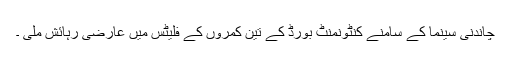
چاندنی سینما کے سامنے کنٹونمنٹ بورڈ کے تین کمروں کے فلیٹس میں عارضی رہائش ملی ۔